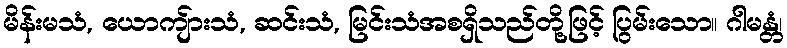
မိန်းမသံ, ယောကျ်ားသံ, ဆင်းသံ, မြင်းသံအစရှိသည်တို့ဖြင့် ပြွမ်းသော။ ဂါမန္တံ၊